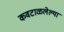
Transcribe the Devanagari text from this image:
कवटाळलेल्या